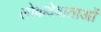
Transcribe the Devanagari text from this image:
लोकदेवाताओं